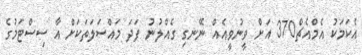
އެކަމަކު އެމްއެޗް370 އަށް ވީނުވީއެއް ނޭނގި ގެއްލުނު ފަދަ މައްސަލަތަަކަށް އާ ސިސްޓަމުގެ